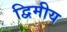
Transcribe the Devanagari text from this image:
द्विमीय